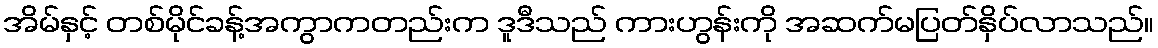
အိမ်နှင့် တစ်မိုင်ခန့်အကွာကတည်းက ဒူဒီသည် ကားဟွန်းကို အဆက်မပြတ်နှိပ်လာသည်။